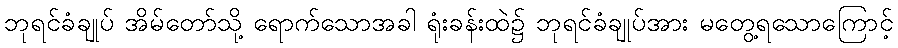
ဘုရင်ခံချုပ် အိမ်တော်သို့ ရောက်သောအခါ ရုံးခန်းထဲ၌ ဘုရင်ခံချုပ်အား မတွေ့ရသောကြောင့်